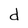
Character: d